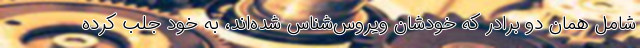
شاملِ همان دو برادر که خودشان ویروس‌شناس شده‌اند، به خود جلب کرده